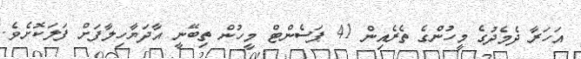
އަހަރާ ދެމެދުގެ މީހުންގެ ތެރެއިން 41 ޕަސެންޓް މީހުން ތިބޭނީ އާދަޔާހިލާފަށް ފަލަކޮށެވެ.